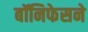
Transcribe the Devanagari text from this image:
बॉनिफेसने